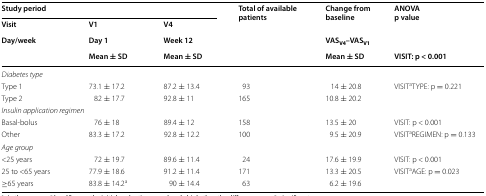
<table><thead><tr><td colspan="3"><b>Study period</b></td><td rowspan="3"><b>Total of available patients</b></td><td rowspan="2"><b>Change from baseline</b></td><td rowspan="2"><b>ANOVAp value</b></td></tr><tr><td><b>Visit</b></td><td><b>V1</b></td><td><b>V4</b></td></tr><tr><td><b>Day/week</b></td><td><b>Day 1</b></td><td><b>Week 12</b></td><td><b>VAS<sub>V4</sub>–VAS<sub>V1</sub></b></td><td></td></tr><tr><td></td><td><b>Mean ± SD</b></td><td><b>Mean ± SD</b></td><td></td><td><b>Mean ± SD</b></td><td><b>VISIT: p &lt; 0.001</b></td></tr></thead><tbody><tr><td colspan="6"><i>Diabetes type</i></td></tr><tr><td>Type 1</td><td>73.1 ± 17.2</td><td>87.2 ± 13.4</td><td>93</td><td>14 ± 20.8</td><td>VISIT<sup>a</sup>TYPE: p = 0.221</td></tr><tr><td>Type 2</td><td>82 ± 17.7</td><td>92.8 ± 11</td><td>165</td><td>10.8 ± 20.2</td><td></td></tr><tr><td colspan="6"><i>Insulin application regimen</i></td></tr><tr><td>Basal-bolus</td><td>76 ± 18</td><td>89.4 ± 12</td><td>158</td><td>13.5 ± 20</td><td>VISIT: p &lt; 0.001</td></tr><tr><td>Other</td><td>83.3 ± 17.2</td><td>92.8 ± 12.2</td><td>100</td><td>9.5 ± 20.9</td><td>VISIT<sup>a</sup>REGIMEN: p = 0.133</td></tr><tr><td colspan="6"><i>Age group</i></td></tr><tr><td>&lt;25 years</td><td>72 ± 19.7</td><td>89.6 ± 11.4</td><td>24</td><td>17.6 ± 19.9</td><td>VISIT: p &lt; 0.001</td></tr><tr><td>25 to &lt;65 years</td><td>77.9 ± 18.6</td><td>91.2 ± 11.4</td><td>171</td><td>13.3 ± 20.5</td><td>VISIT<sup>a</sup>AGE: p = 0.023</td></tr><tr><td>≥65 years</td><td>83.8 ± 14.2<sup>a</sup></td><td>90 ± 14.4</td><td>63</td><td>6.2 ± 19.6</td><td></td></tr></tbody></table>